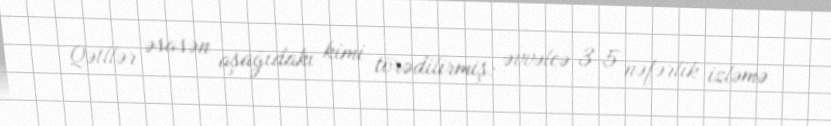
Qətllər əsasən aşağıdakı kimi törədilirmiş: əvvəlcə 3-5 nəfərlik izləmə